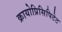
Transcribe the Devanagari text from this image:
क्रायोप्रिसिपिटेट